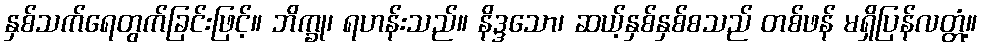
နှစ်သက်ရေတွက်ခြင်းဖြင့်။ ဘိက္ခု၊ ရဟန်းသည်။ နိဒ္ဒသော၊ ဆယ့်နှစ်နှစ်စသည် တစ်ဖန် မရှိပြန်လတ္တံ့။